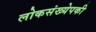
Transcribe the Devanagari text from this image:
लोकसंख्येपकी